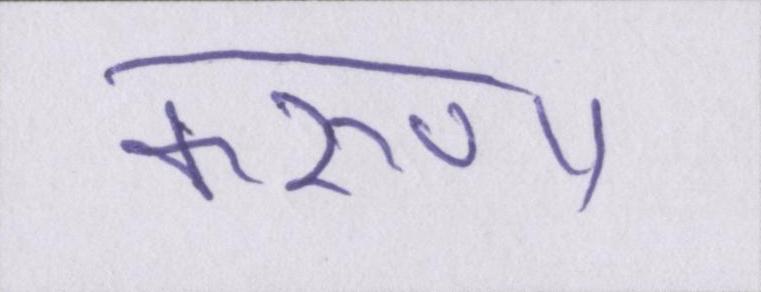
करुणा